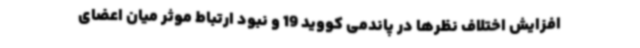
افزایش اختلاف نظرها در پاندمی کووید 19 و نبود ارتباط موثر میان اعضای